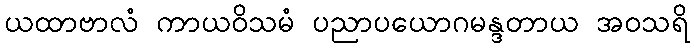
ယထာဗာလံ ကာယဝိသမံ ပညာပယောဂမန္ဒတာယ အဝသရိ